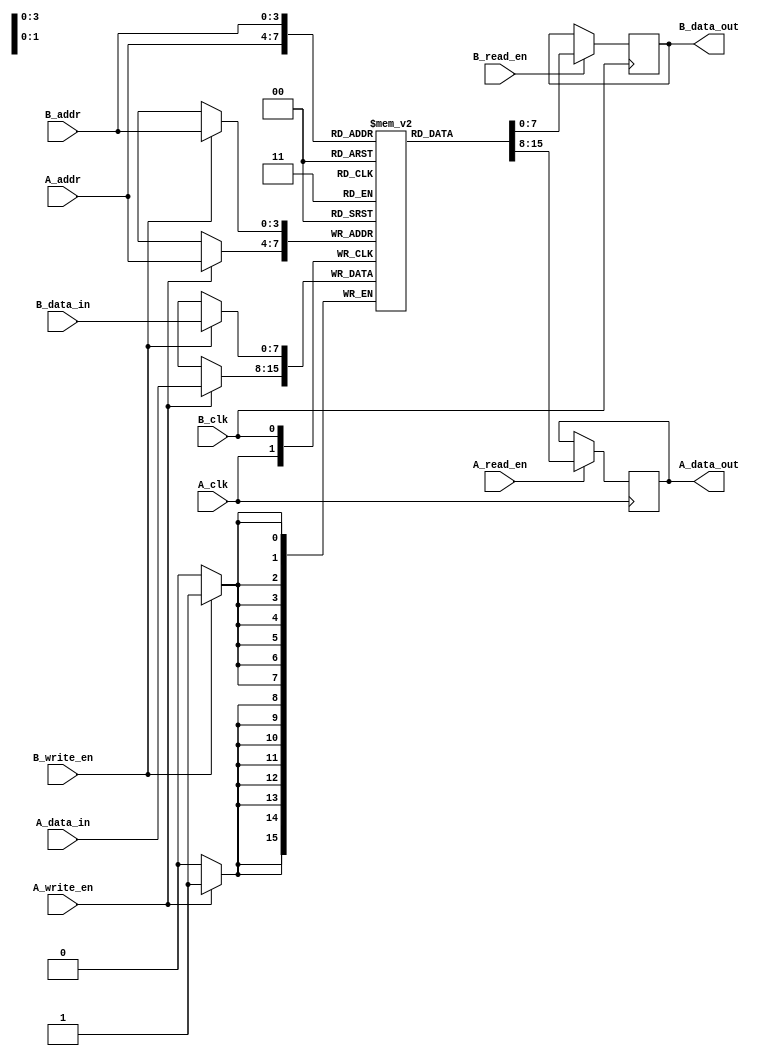
module dual_port_ram #(
    parameter DATA_WIDTH = 8,  // Width of each memory word
    parameter ADDR_WIDTH = 4   // Number of address bits (2^ADDR_WIDTH = depth of memory)
)(
    // Port A
    input  wire [ADDR_WIDTH-1:0] A_addr,
    input  wire [DATA_WIDTH-1:0] A_data_in,
    output reg  [DATA_WIDTH-1:0] A_data_out,
    input  wire A_read_en,
    input  wire A_write_en,
    input  wire A_clk,

    // Port B
    input  wire [ADDR_WIDTH-1:0] B_addr,
    input  wire [DATA_WIDTH-1:0] B_data_in,
    output reg  [DATA_WIDTH-1:0] B_data_out,
    input  wire B_read_en,
    input  wire B_write_en,
    input  wire B_clk
);

    // Memory array
    reg [DATA_WIDTH-1:0] mem [(2**ADDR_WIDTH)-1:0];

    // Port A operations
    always @(posedge A_clk) begin
        if (A_write_en) begin
            mem[A_addr] <= A_data_in; // Write data to memory
        end
        if (A_read_en) begin
            A_data_out <= mem[A_addr]; // Read data from memory
        end
    end

    // Port B operations
    always @(posedge B_clk) begin
        if (B_write_en) begin
            mem[B_addr] <= B_data_in; // Write data to memory
        end
        if (B_read_en) begin
            B_data_out <= mem[B_addr]; // Read data from memory
        end
    end

endmodule